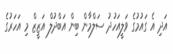
އަދި އެ ގައުމުގެ ވަލީއަހުދު ސަލްމާން ބިން އަބްދުލް އަޒީޒް މި އަހަރުގެ